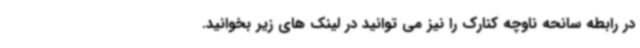
در رابطه سانحه ناوچه کنارک را نیز می توانید در لینک های زیر بخوانید.